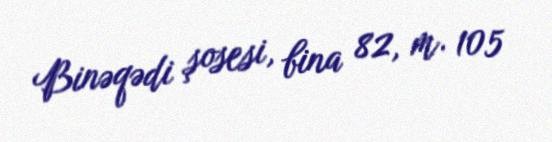
Binəqədi şosesi, bina 82, m. 105